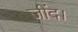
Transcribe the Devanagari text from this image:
जींद।